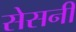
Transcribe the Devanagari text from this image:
सेसनी